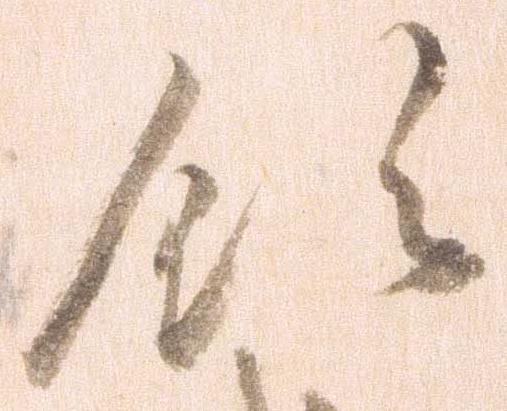
領